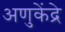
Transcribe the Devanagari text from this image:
अणुकेंद्रे